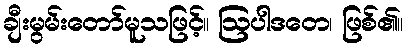
ချီးမွမ်းတော်မူသဖြင့်။ ဩပါဒတေ၊ ဖြစ်၏။